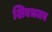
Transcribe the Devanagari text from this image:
शिवभजन